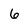
Character: 6